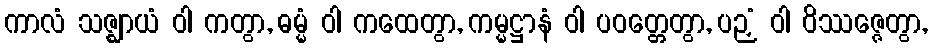
ကာလံ သဇ္ဈာယံ ဝါ ကတွာ, ဓမ္မံ ဝါ ကထေတွာ, ကမ္မဋ္ဌာနံ ဝါ ပဝတ္တေတွာ, ပဉှံ ဝါ ဝိဿဇ္ဇေတွာ,